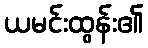
ယမင်းထွန်း၏